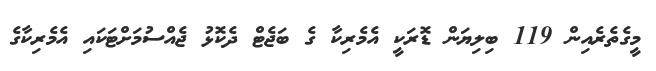
މީގެތެރެއިން 119 ބިލިޔަން ޑޮރަކީ އެމެރިކާ ގެ ބަޖެޓް ދެކޮޅު ޖެއްސުމަށްޓަކައި އެމެރިކާގެ